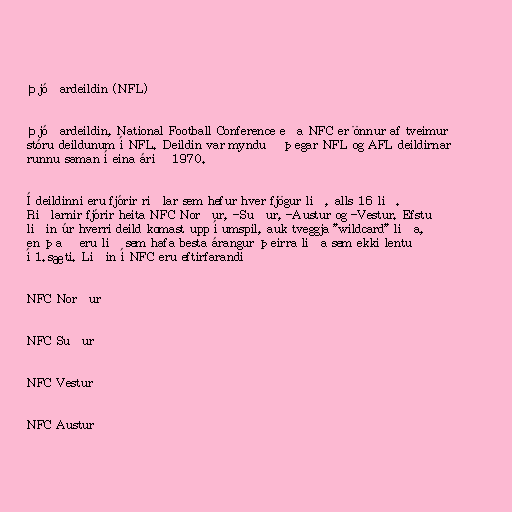
Þjóðardeildin (NFL)

Þjóðardeildin, National Football Conference eða NFC er önnur af tveimur
stóru deildunum í NFL. Deildin var mynduð þegar NFL og AFL deildirnar
runnu saman í eina árið 1970.

Í deildinni eru fjórir riðlar sem hefur hver fjögur lið, alls 16 lið.
Riðlarnir fjórir heita NFC Norður, -Suður, -Austur og -Vestur. Efstu
liðin úr hverri deild komast upp í umspil, auk tveggja "wildcard" liða,
en það eru lið sem hafa besta árangur þeirra liða sem ekki lentu
í 1.sæti. Liðin í NFC eru eftirfarandi

NFC Norður

NFC Suður

NFC Vestur

NFC Austur